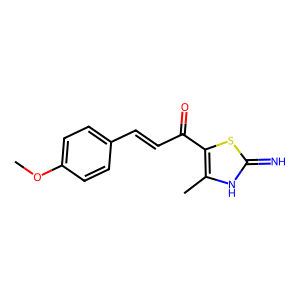
SMILES: COc1ccc(C=CC(=O)c2sc(=N)[nH]c2C)cc1
Inhibits HIV replication: No